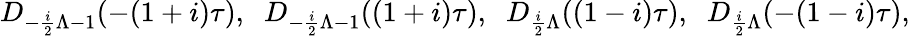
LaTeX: D_{-\frac{i}{2}\Lambda-1}(-(1+i)\tau),\; \; D_{-\frac{i}{2}\Lambda-1}((1+i)\tau),\; \; D_{\frac{i}{2}\Lambda}((1-i)\tau),\; \; D_{\frac{i}{2}\Lambda}(-(1-i)\tau),